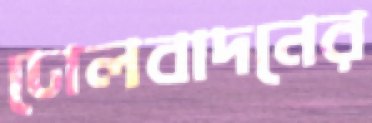
ঢোলবাদনের